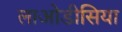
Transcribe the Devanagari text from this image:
लाओडीसिया